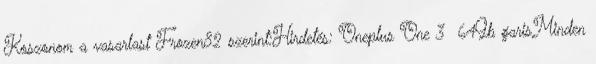
Koszonom a vasarlast Frozen82 szerint:Hirdetés: Oneplus One 3 64Gb garisMinden